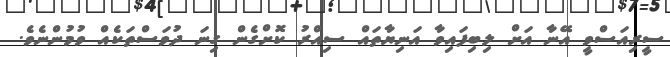
ސީރިއަސްވީ އޭނާ އަށް ލިބިފައިވާ އަނިޔާތައް ސިއްރު ކޮށްގެން ގިނަ ދުވަސްތަކެއް ވުމުންނެވެ.